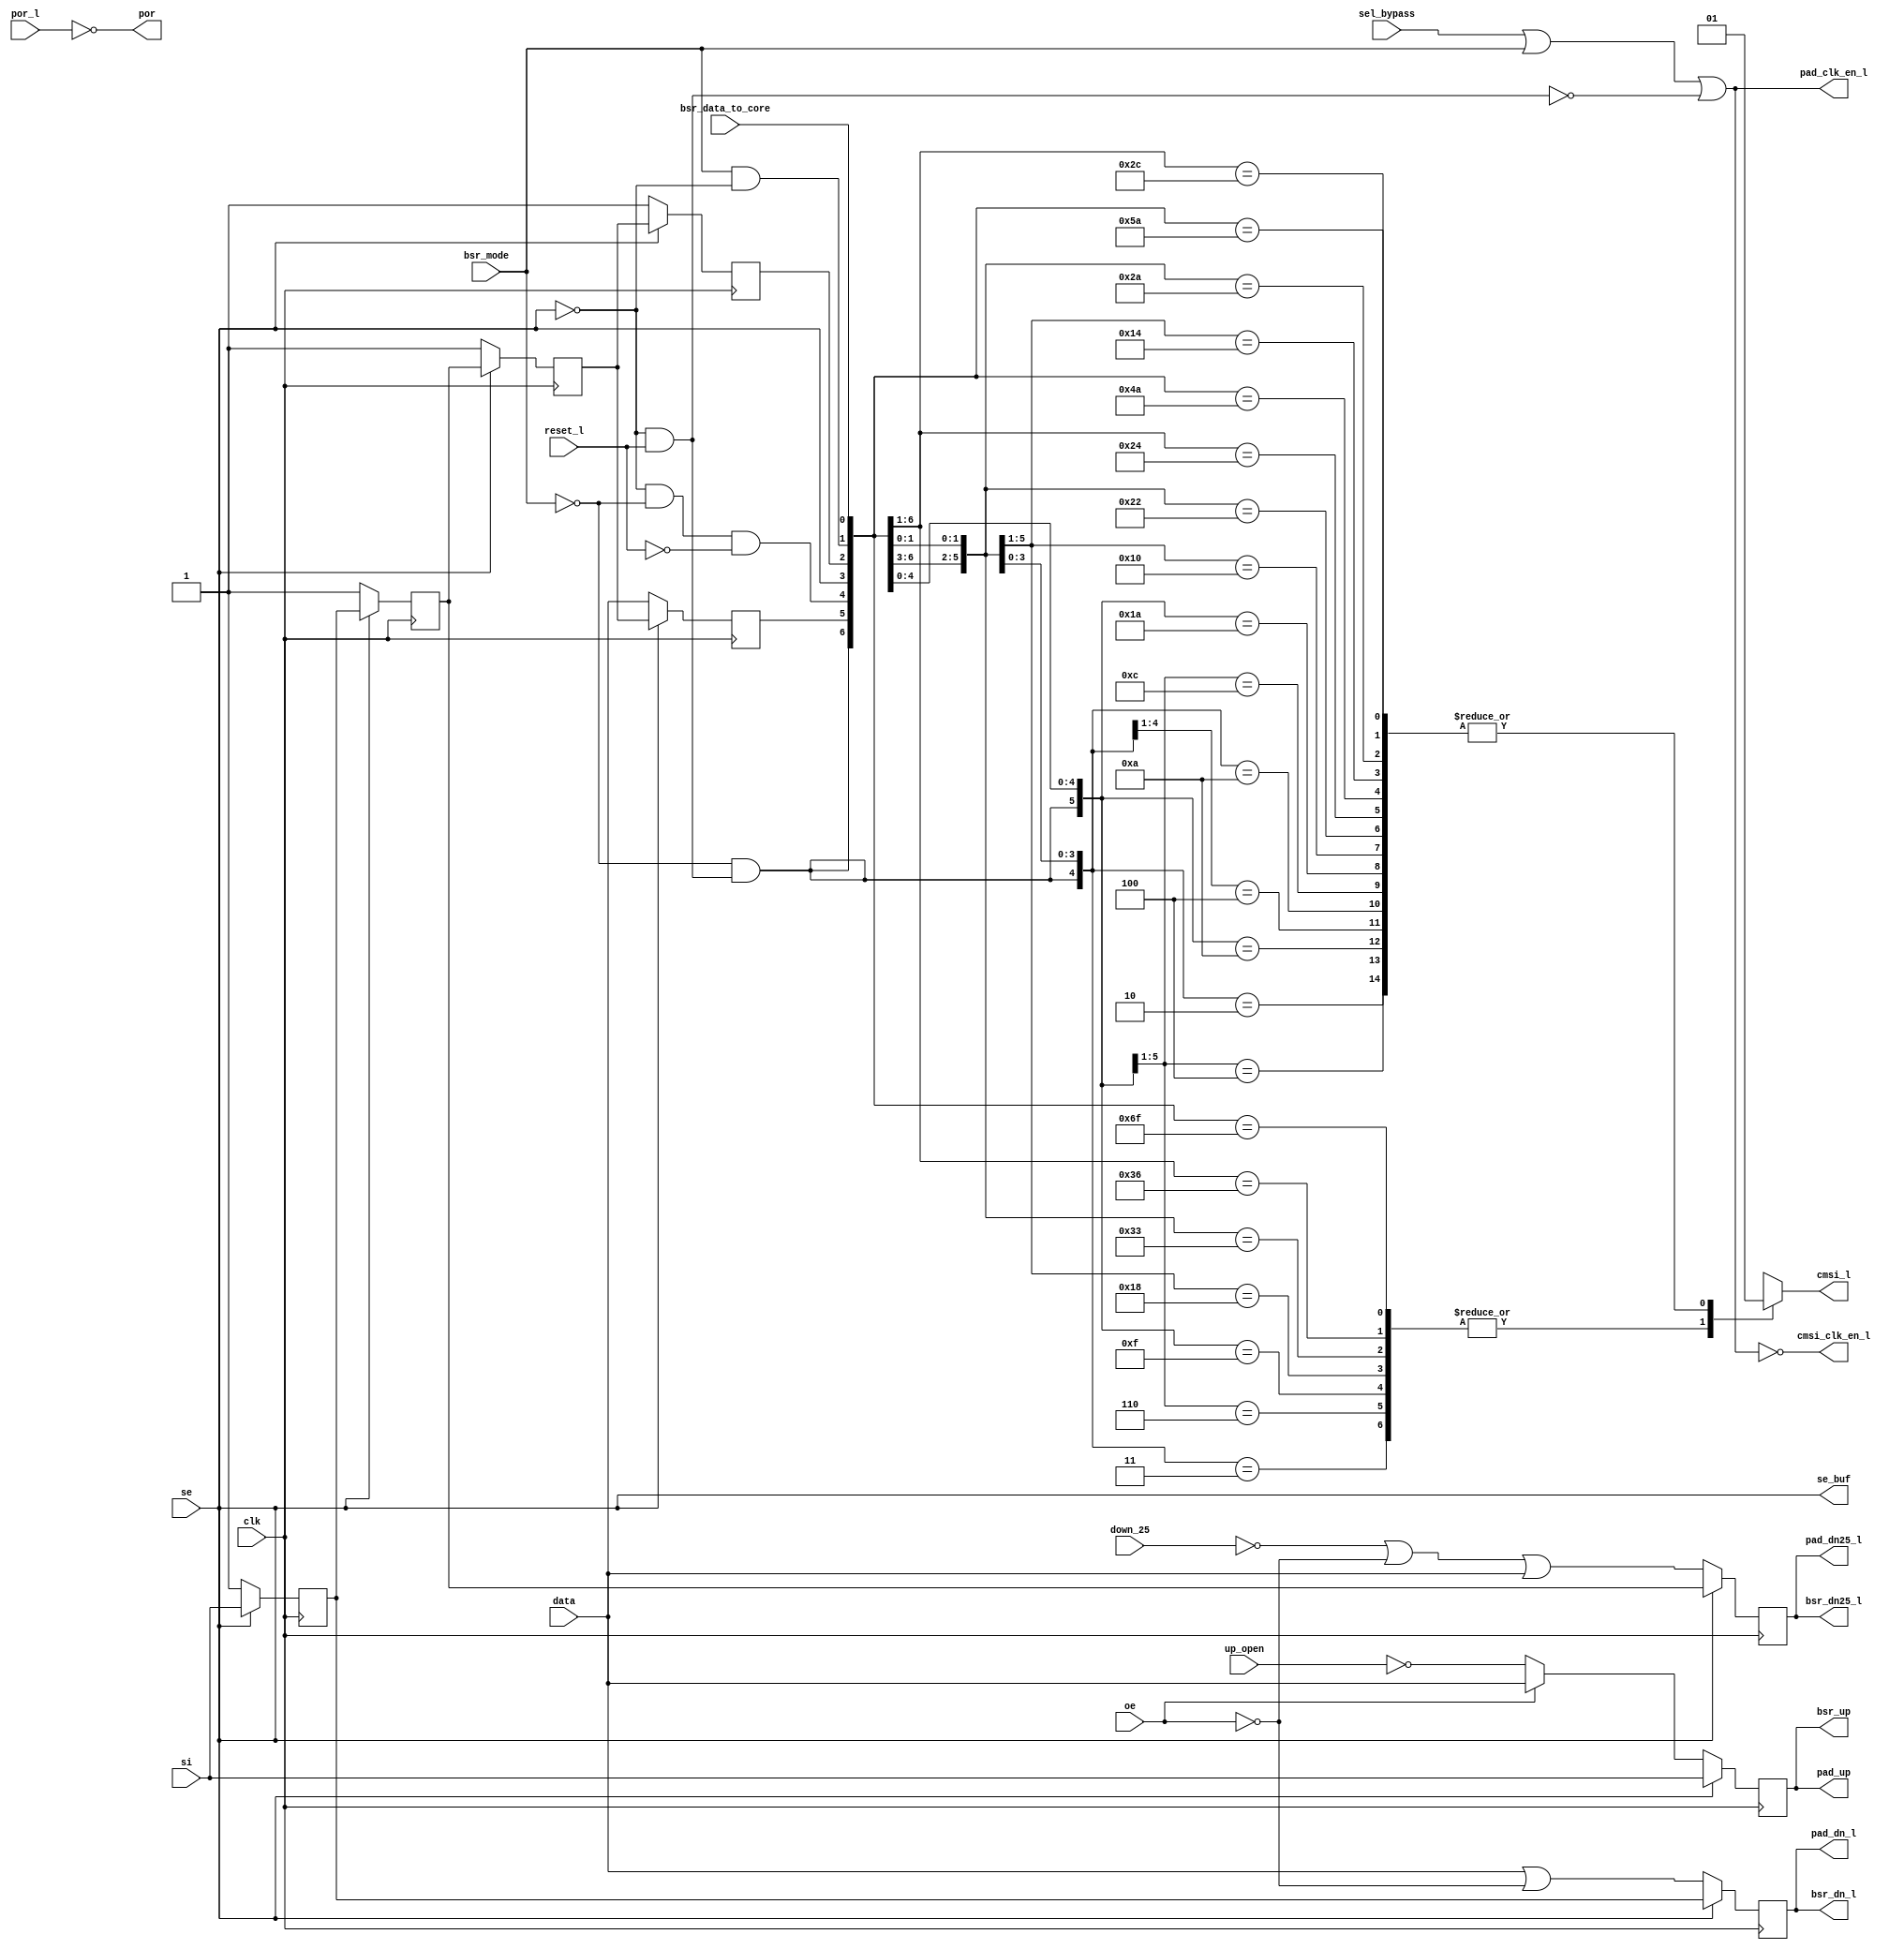
// ========== Copyright Header Begin ==========================================
// 
// OpenSPARC T1 Processor File: bw_io_dtl_edgelogic.v
// Copyright (c) 2006 Sun Microsystems, Inc.  All Rights Reserved.
// DO NOT ALTER OR REMOVE COPYRIGHT NOTICES.
// 
// The above named program is free software; you can redistribute it and/or
// modify it under the terms of the GNU General Public
// License version 2 as published by the Free Software Foundation.
// 
// The above named program is distributed in the hope that it will be 
// useful, but WITHOUT ANY WARRANTY; without even the implied warranty of
// MERCHANTABILITY or FITNESS FOR A PARTICULAR PURPOSE.  See the GNU
// General Public License for more details.
// 
// You should have received a copy of the GNU General Public
// License along with this work; if not, write to the Free Software
// Foundation, Inc., 51 Franklin St, Fifth Floor, Boston, MA 02110-1301, USA.
// 
// ========== Copyright Header End ============================================
// _____________________________________________________________________________
//
// bw_io_dtl_edgelogic -- DTL edge logic.
// _____________________________________________________________________________
//

module bw_io_dtl_edgelogic (/*AUTOARG*/
  // Outputs
  pad_up, pad_dn_l, pad_dn25_l, pad_clk_en_l, cmsi_clk_en_l, cmsi_l, se_buf, 
  bsr_up, bsr_dn_l, bsr_dn25_l, por, 
  // Inputs
  data, oe, si, reset_l, sel_bypass, clk, bsr_mode, up_open, down_25, por_l, 
  se, bsr_data_to_core
  );

  input		data;
  input		oe;
  input		si;
  input		reset_l;
  input		sel_bypass;
  input		clk;
  input		bsr_mode;
  input		up_open;
  input		down_25;
  input		por_l;
  input		se;
  input		bsr_data_to_core;

  output	pad_up;
  output	pad_dn_l;
  output	pad_dn25_l;
  output	pad_clk_en_l;
  output	cmsi_clk_en_l;
  output	cmsi_l;
  output	se_buf;
  output	bsr_up;
  output	bsr_dn_l;
  output	bsr_dn25_l;
  output	por;


  reg cmsi_l;
  reg edgelogic_so;
  reg bypass_data;
  reg net223;
  reg pad_dn25_l;
  reg net229;
  reg pad_dn_l;
  reg net217;
  reg pad_up;
  		

  wire s0 = bsr_mode && ~se;
  wire s2 = ~se && ~bsr_mode && ~reset_l;
  wire se_buf = se;
  wire die = ~se && reset_l;
  wire s3 = ~bsr_mode && die;
  wire pad_clk_en_l = sel_bypass || bsr_mode || ~die;
  wire cmsi_clk_en_l = ~(sel_bypass || bsr_mode || ~die);

  wire dn = data || ~oe;
  wire dn25 = ~down_25 || ~oe || data;
  wire up = oe ? data : ~up_open;
  wire por = ~por_l;
  wire bsr_up = pad_up;
  wire bsr_dn_l = pad_dn_l;
  wire bsr_dn25_l = pad_dn25_l;

  always @ (s3 or s2 or se_buf or s0 or bypass_data or edgelogic_so or bsr_data_to_core) begin
    casex ({s3, bypass_data, s2, 1'b0, se_buf, edgelogic_so, s0, bsr_data_to_core})
      8'b0x0x0x10: cmsi_l = 1'b1;
      8'b0x0x0x11: cmsi_l = 1'b0;
      8'b0x0x100x: cmsi_l = 1'b1;
      8'b0x0x110x: cmsi_l = 1'b0;
      8'b0x0x1010: cmsi_l = 1'b1;
      8'b0x0x1111: cmsi_l = 1'b0;
      8'b0x100x0x: cmsi_l = 1'b1;
      8'b0x110x0x: cmsi_l = 1'b0;
      8'b0x100x10: cmsi_l = 1'b1;
      8'b0x110x11: cmsi_l = 1'b0;
      8'b0x10100x: cmsi_l = 1'b1;
      8'b0x11110x: cmsi_l = 1'b0;
      8'b0x101010: cmsi_l = 1'b1;
      8'b0x111111: cmsi_l = 1'b0;
      8'b100x0x0x: cmsi_l = 1'b1;
      8'b110x0x0x: cmsi_l = 1'b0;
      8'b100x0x10: cmsi_l = 1'b1;
      8'b110x0x11: cmsi_l = 1'b0;
      8'b100x100x: cmsi_l = 1'b1;
      8'b110x110x: cmsi_l = 1'b0;
      8'b100x1010: cmsi_l = 1'b1;
      8'b110x1111: cmsi_l = 1'b0;
      8'b10100x0x: cmsi_l = 1'b1;
      8'b11110x0x: cmsi_l = 1'b0;
      8'b10100x10: cmsi_l = 1'b1;
      8'b11110x11: cmsi_l = 1'b0;
      8'b1010100x: cmsi_l = 1'b1;
      8'b1111110x: cmsi_l = 1'b0;
      8'b10101010: cmsi_l = 1'b1;
      8'b11111111: cmsi_l = 1'b0;
      default:     cmsi_l = 1'bx;
      endcase
    end

  always @(posedge clk) begin
    if (se_buf) // flop_bypass
      begin
      edgelogic_so <= net223;
      bypass_data  <= net223;
      end
    else
      begin
      edgelogic_so <= 1'b1;
      bypass_data <= data;
      end

    if (se_buf) // flop_dn25
      begin
      net223 <= net229;
      pad_dn25_l <= net229;
      end
    else
      begin
      net223 <= 1'b1;
      pad_dn25_l <= dn25;
      end  	
        	
    if (se_buf) // flop_dn
      begin
      net229 <= net217;
      pad_dn_l <= net217;
      end
    else
      begin
      net229 <= 1'b1;
      pad_dn_l <= dn;
      end  	

    if (se_buf) // flop_up
      begin
      net217 <= si; // so
      pad_up <= si; // q
      end
    else
      begin
      net217 <= 1'b1; // so
      pad_up <= up;   // q
      end  	
    end


  endmodule


// Local Variables:
// verilog-auto-sense-defines-constant:t
// End: